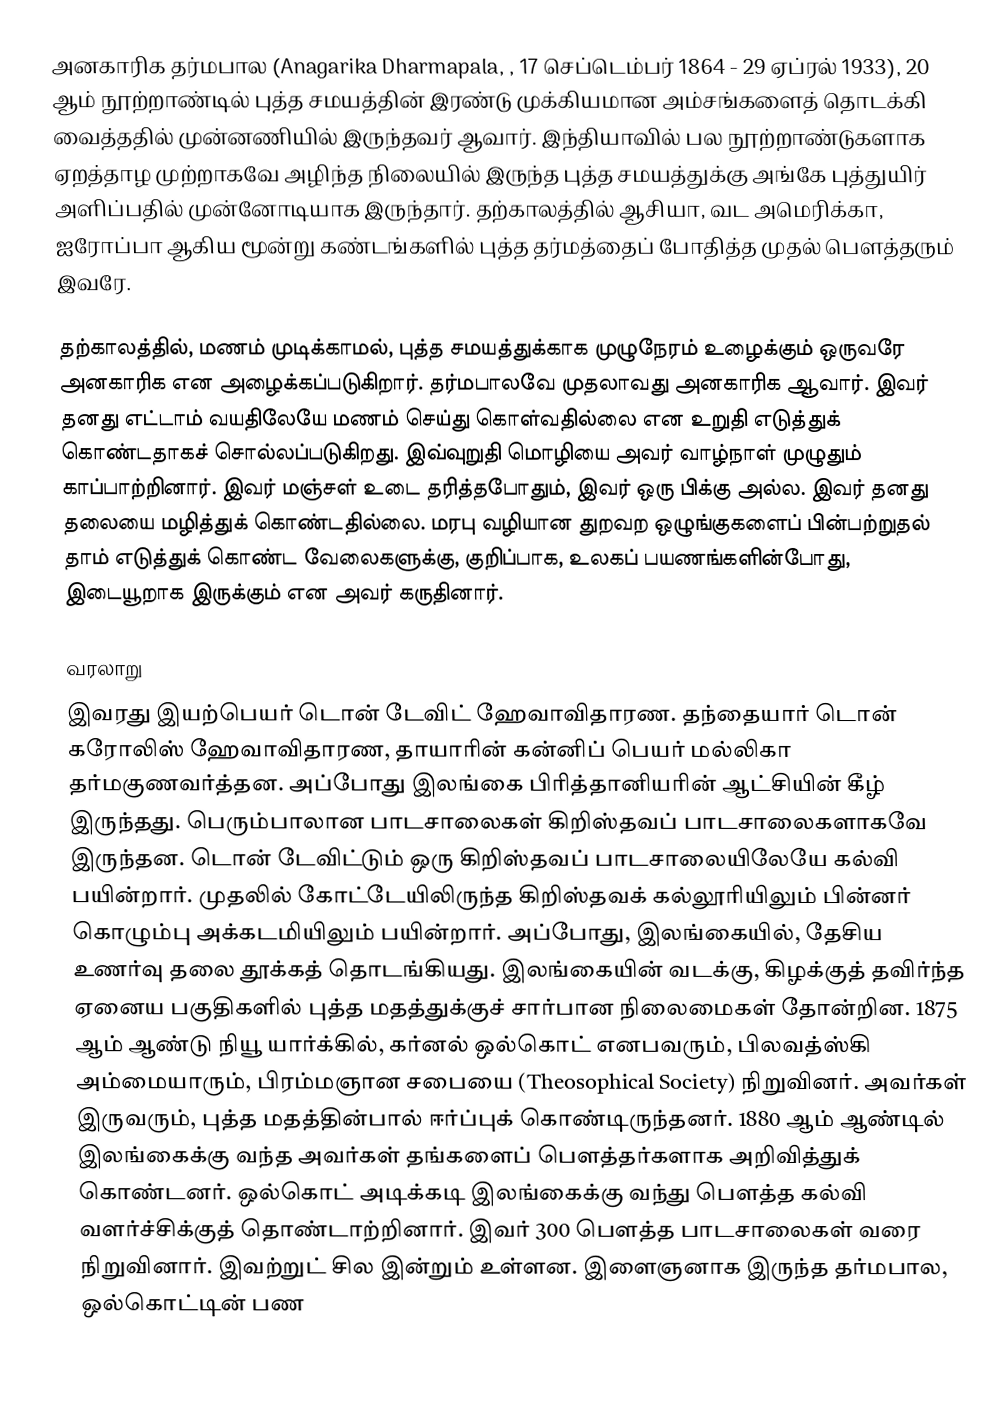
அனகாரிக தர்மபால (Anagarika Dharmapala, , 17 செப்டெம்பர் 1864 - 29 ஏப்ரல் 1933), 20 ஆம் நூற்றாண்டில் புத்த சமயத்தின் இரண்டு முக்கியமான அம்சங்களைத் தொடக்கி வைத்ததில் முன்னணியில் இருந்தவர் ஆவார். இந்தியாவில் பல நூற்றாண்டுகளாக ஏறத்தாழ முற்றாகவே அழிந்த நிலையில் இருந்த புத்த சமயத்துக்கு அங்கே புத்துயிர் அளிப்பதில் முன்னோடியாக இருந்தார். தற்காலத்தில் ஆசியா, வட அமெரிக்கா, ஐரோப்பா ஆகிய மூன்று கண்டங்களில் புத்த தர்மத்தைப் போதித்த முதல் பௌத்தரும் இவரே.

தற்காலத்தில், மணம் முடிக்காமல், புத்த சமயத்துக்காக முழுநேரம் உழைக்கும் ஒருவரே அனகாரிக என அழைக்கப்படுகிறார். தர்மபாலவே முதலாவது அனகாரிக ஆவார். இவர் தனது எட்டாம் வயதிலேயே மணம் செய்து கொள்வதில்லை என உறுதி எடுத்துக் கொண்டதாகச் சொல்லப்படுகிறது. இவ்வுறுதி மொழியை அவர் வாழ்நாள் முழுதும் காப்பாற்றினார். இவர் மஞ்சள் உடை தரித்தபோதும், இவர் ஒரு பிக்கு அல்ல. இவர் தனது தலையை மழித்துக் கொண்டதில்லை. மரபு வழியான துறவற ஒழுங்குகளைப் பின்பற்றுதல் தாம் எடுத்துக் கொண்ட வேலைகளுக்கு, குறிப்பாக, உலகப் பயணங்களின்போது, இடையூறாக இருக்கும் என அவர் கருதினார்.

வரலாறு
இவரது இயற்பெயர் டொன் டேவிட் ஹேவாவிதாரண. தந்தையார் டொன் கரோலிஸ் ஹேவாவிதாரண, தாயாரின் கன்னிப் பெயர் மல்லிகா தர்மகுணவர்த்தன. அப்போது இலங்கை பிரித்தானியரின் ஆட்சியின் கீழ் இருந்தது. பெரும்பாலான பாடசாலைகள் கிறிஸ்தவப் பாடசாலைகளாகவே இருந்தன. டொன் டேவிட்டும் ஒரு கிறிஸ்தவப் பாடசாலையிலேயே கல்வி பயின்றார். முதலில் கோட்டேயிலிருந்த கிறிஸ்தவக் கல்லூரியிலும் பின்னர் கொழும்பு அக்கடமியிலும் பயின்றார். அப்போது, இலங்கையில், தேசிய உணர்வு தலை தூக்கத் தொடங்கியது. இலங்கையின் வடக்கு, கிழக்குத் தவிர்ந்த ஏனைய பகுதிகளில் புத்த மதத்துக்குச் சார்பான நிலைமைகள் தோன்றின. 1875 ஆம் ஆண்டு நியூ யார்க்கில், கர்னல் ஒல்கொட் எனபவரும், பிலவத்ஸ்கி அம்மையாரும், பிரம்மஞான சபையை (Theosophical Society) நிறுவினர். அவர்கள் இருவரும், புத்த மதத்தின்பால் ஈர்ப்புக் கொண்டிருந்தனர். 1880 ஆம் ஆண்டில் இலங்கைக்கு வந்த அவர்கள் தங்களைப் பௌத்தர்களாக அறிவித்துக் கொண்டனர். ஒல்கொட் அடிக்கடி இலங்கைக்கு வந்து பௌத்த கல்வி வளர்ச்சிக்குத் தொண்டாற்றினார். இவர் 300 பௌத்த பாடசாலைகள் வரை நிறுவினார். இவற்றுட் சில இன்றும் உள்ளன. இளைஞனாக இருந்த தர்மபால, ஒல்கொட்டின் பண